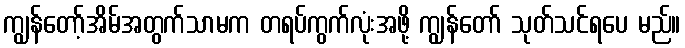
ကျွန်တော့်အိမ်အတွက်သာမက တရပ်ကွက်လုံးအဖို့ ကျွန်တော် သုတ်သင်ရပေ မည်။